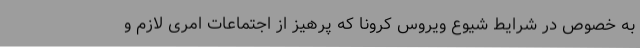
به خصوص در شرایط شیوع ویروس کرونا که پرهیز از اجتماعات امری لازم و